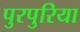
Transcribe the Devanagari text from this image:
पुरपुरिया